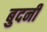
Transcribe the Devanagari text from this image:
बुदनी